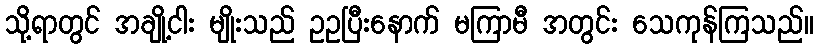
သို့ရာတွင် အချို့ငါး မျိုးသည် ဥဥပြီးနောက် မကြာမီ အတွင်း သေကုန်ကြသည်။